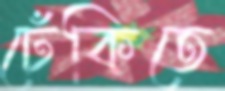
ঢেঁকিতে